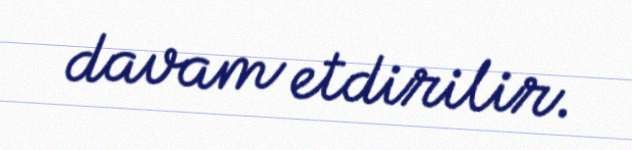
davam etdirilir.